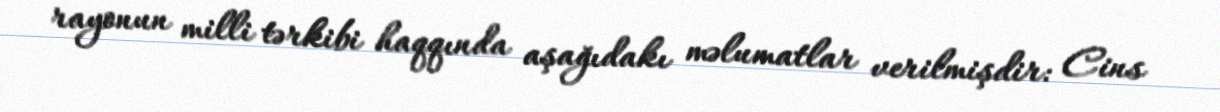
rayonun milli tərkibi haqqında aşağıdakı məlumatlar verilmişdir: Cins